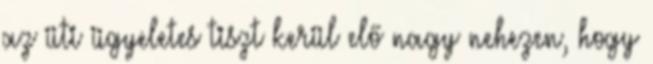
az üti ügyeletes tiszt kerül elő nagy nehezen, hogy